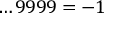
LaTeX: \dots 9 9 9 9 = - 1